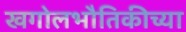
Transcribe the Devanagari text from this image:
खगोलभौतिकीच्या